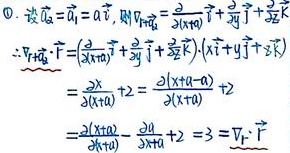
\textcircled{1}. 设\(\vec{a}_x =\vec{a}_y =\vec{a}\)，则
\(\nabla_{\vec{r}}=\frac{\partial}{\partial x}\vec{i}+\frac{\partial}{\partial y}\vec{j}+\frac{\partial}{\partial z}\vec{k}\)
\(\because\nabla_{\vec{r}}\cdot\vec{F}=(\frac{\partial}{\partial x}\vec{i}+\frac{\partial}{\partial y}\vec{j}+\frac{\partial}{\partial z}\vec{k})\cdot(x\vec{i}+y\vec{j}+z\vec{k})\)
\(=\frac{\partial(x + a)}{\partial x}+2+\frac{\partial(x + a)}{\partial z}+2\)
\(=\frac{\partial(x + a)}{\partial x}+\frac{\partial x}{\partial x}+2 = 3=\nabla_{\vec{r}}\cdot\vec{F}\)